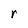
Character: r